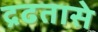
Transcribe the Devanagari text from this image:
द्रढतासे